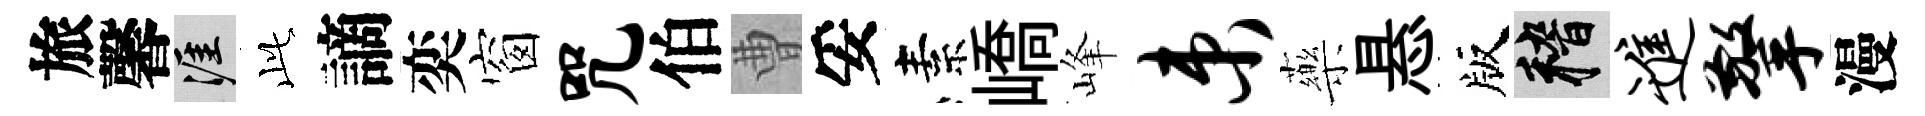
旅馨涯𬼘謫奕窗咒伯曹妥素嶠峰束藥悬版稽进擎漫